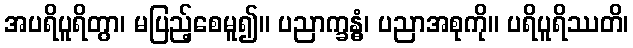
အပရိပူရိတွာ၊ မပြည့်စေမူ၍။ ပညာက္ခန္ဓံ၊ ပညာအစုကို။ ပရိပူရိဿတိ၊